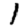
Digit: 1